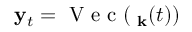
\mathbf y _ { t } = \mathrm { ~ V ~ e ~ c ~ } ( \mathbf \rho _ { \mathbf k } ( t ) )